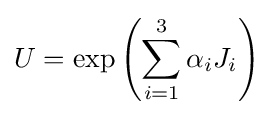
U=\exp \left(\sum _{i=1}^{3}\alpha _{i}J_{i}\right)